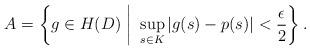
LaTeX: \begin{gather*}A= \left\{g \in H(D) ~\middle|~ \sup_{s \in K}|g(s)-p(s)|<\frac{\epsilon}{2} \right\}. \end{gather*}